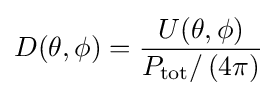
D(\theta ,\phi )={\frac {U(\theta ,\phi )}{P_{\text{tot}}/\left(4\pi \right)}}